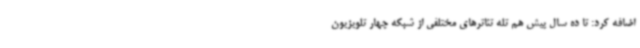
اضافه کرد: تا ده سال پیش هم تله تئاترهای مختلفی از شبکه چهار تلویزیون